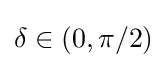
\delta \in (0,\pi /2)